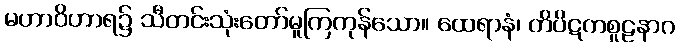
မဟာဝိဟာရ၌ သီတင်းသုံးတော်မူကြကုန်သော။ ထေရာနံ၊ တိပိဋကစူဠနာဂ